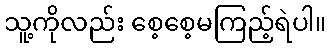
သူ့ကိုလည်း စေ့စေ့မကြည့်ရဲပါ။